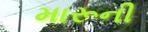
મારૂની